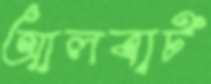
আলবার্ট